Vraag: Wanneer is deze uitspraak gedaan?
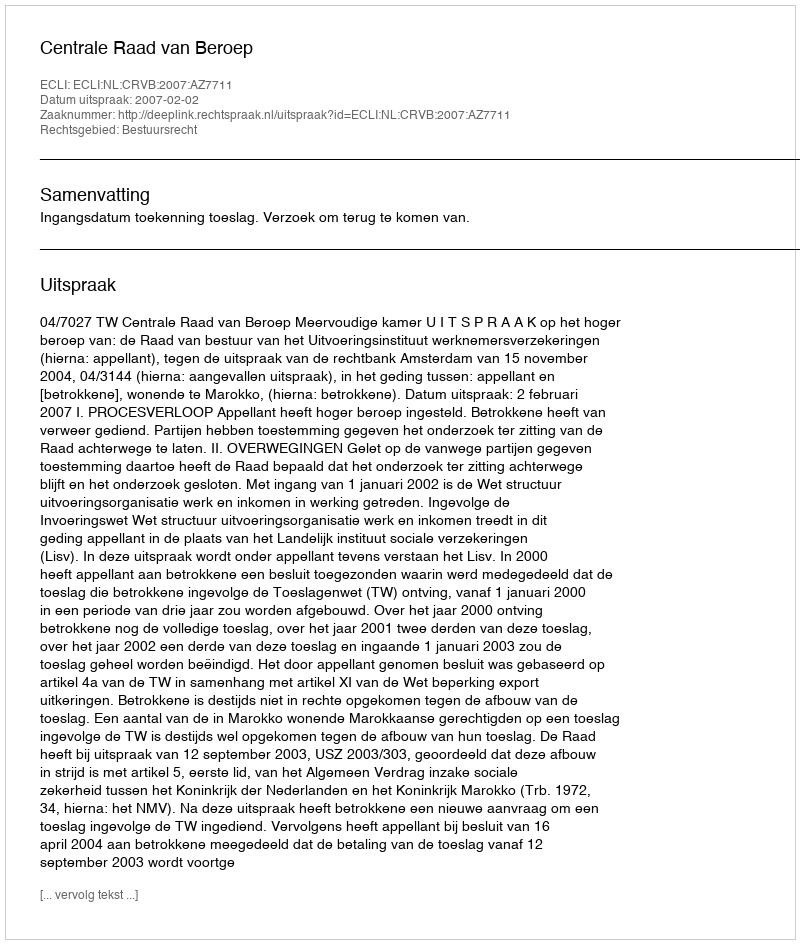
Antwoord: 2007-02-02